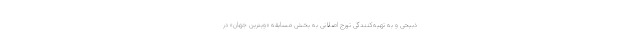
ذبیحی و به تهیه‌کنندگی تورج اصلانی به بخش مسابقه «ویترین جهان» در